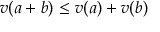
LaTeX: v ( a + b ) \leq v ( a ) + v ( b )